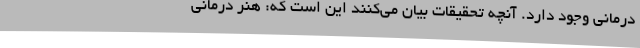
درمانی وجود دارد. آنچه تحقیقات بیان می‌کنند این است که: هنر درمانی